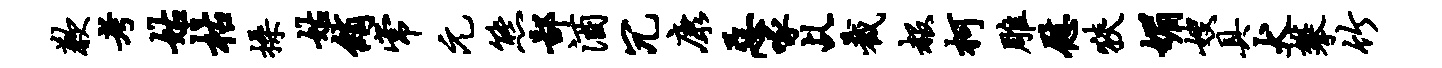
歉考姑枯操姑绡常元熊鄙酒冗康恶啄乩截赧柯雕慰狭媚嫂具犬攀竹